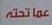
عما